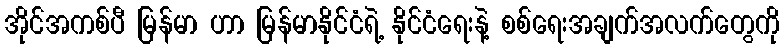
အိုင်အကစ်ပီ မြန်မာ ဟာ မြန်မာနိုင်ငံရဲ့ နိုင်ငံရေးနဲ့ စစ်ရေးအချက်အလက်တွေကို